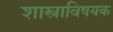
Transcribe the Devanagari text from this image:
शास्त्राविषयक